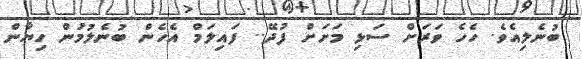
ބުނެލިއެވެ. ހެހެ ވަރަށް ސަޅި މަށަށް ފުދޭ.. ފައިލަމް އެހެން ބުނެލުމުން ހިޔާން